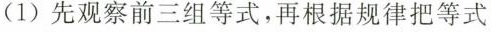
(1)先观察前三组等式，再根据规律把等式